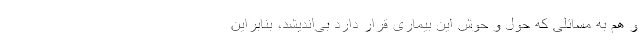
و هم به مسائلی که حول و حوش این بیماری قرار دارد بی‌اندیشد، بنابراین